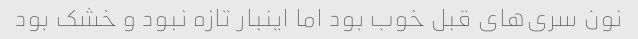
نون سری‌های قبل خوب بود اما اینبار تازه نبود و خشک بود